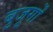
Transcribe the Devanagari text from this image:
बुजूर्गों